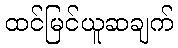
ထင်မြင်ယူဆချက်